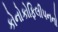
કોનોકોફિલીપનનો